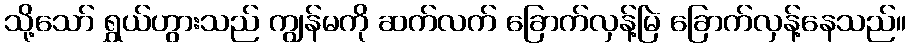
သို့သော် ရွှယ်ဟွားသည် ကျွန်မကို ဆက်လက် ခြောက်လှန့်မြဲ ခြောက်လှန့်နေသည်။